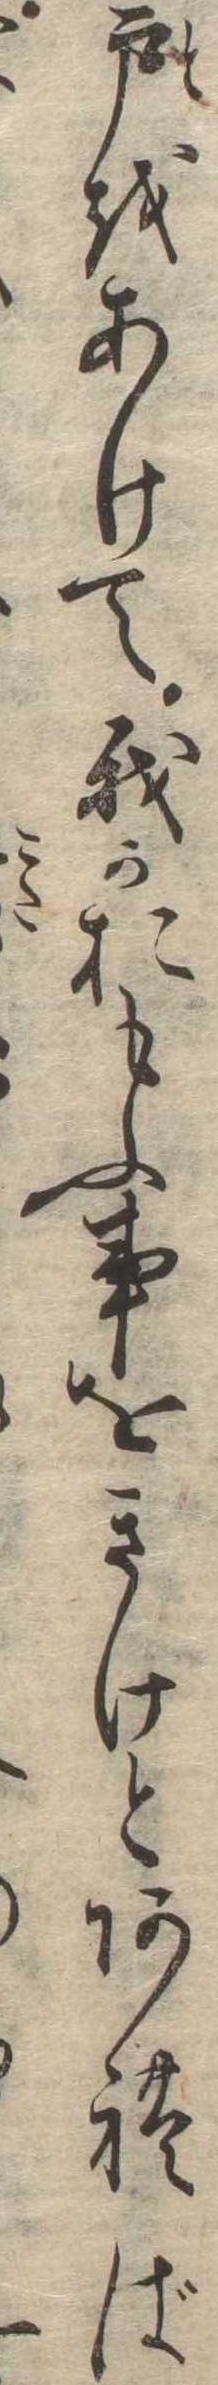
戸をあけて我かおもふ事をきけとあれば